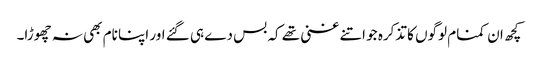
کچھ ان کمنام لوگوں کا تذکرہ جو اتنے غنی تھے کہ بس دے ہی گئے اور اپنا نام بھی نہ چھوڑا۔